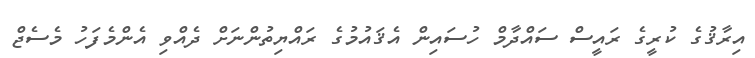
އިރާޤުގެ ކުރީގެ ރައީސް ސައްދާމް ހުސައިން އެޤައުމުގެ ރައްޔިތުންނަށް ދެއްވި އެންމެފަހު މެސެޖް